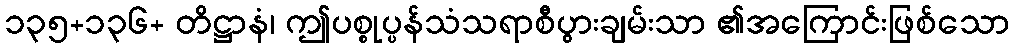
၁၃၅+၁၃၆+ တိဋ္ဌာနံ၊ ဤပစ္စုပ္ပန်သံသရာစီပွားချမ်းသာ ၏အကြောင်းဖြစ်သော